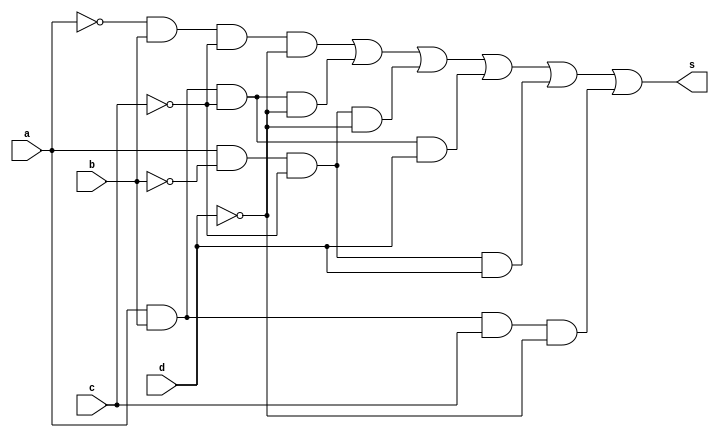
// -------------------------
// Correo da prova 
// Nome: Camila Guedes Silveira 
// ------------------------- 

module questaoA (output s, input a, input b, input c, input d);
	wire c1, c2, c3, c4, c5, c6;
	
	and AND1(c1,~a, b, ~c, ~d);      // DEFINIR PORTA not TAMBEM
	and AND2(c2, a, b, ~c, ~d);
	and AND3(c3, a, ~b, ~c, ~d);
	and AND4(c4, a, b, ~c, d);
	and AND5(c5, a, ~b, ~c, d);
	and AND6(c6, a, b, c, ~d);
	
	or OR1(s, c1, c2, c3, c4, c5, c6);
	
endmodule // questaoA

module Teste;

	reg a;
	reg b;
	reg c;
	reg d;
	wire s;

	questaoA Teste (s,a,b,c,d);

	initial begin
		 a=0; b=0; c=0; d=0;
	end

	initial begin

		#1 $display ("Camila Guedes Silveira - 427393 ");
		#1 $display ("Questo A");
		#1 $display (" a | b | c | d | s2 ");
		$monitor   (" %b | %b | %b | %b |  %b ", a,b,c,d,s);
		   
    #1  a=0; b=0; c=0; d=1;
    #1  a=0; b=0; c=1; d=0; 
    #1  a=0; b=0; c=1; d=1; 
    #1  a=0; b=1; c=0; d=0; 
    #1  a=0; b=1; c=0; d=1; 
    #1  a=0; b=1; c=1; d=0; 
    #1  a=0; b=1; c=1; d=1; 
    #1  a=1; b=0; c=0; d=0; 
    #1  a=1; b=0; c=0; d=1;
    #1  a=1; b=0; c=1; d=0;
    #1  a=1; b=0; c=1; d=1;
    #1  a=1; b=1; c=0; d=0;
    #1  a=1; b=1; c=0; d=1;
    #1  a=1; b=1; c=1; d=0;
    #1  a=1; b=1; c=1; d=1; 
   



	end	
	endmodule